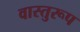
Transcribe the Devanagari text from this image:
वास्तुरूप